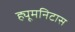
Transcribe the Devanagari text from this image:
ह्यूमनिटास